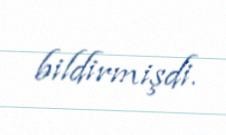
bildirmişdi.